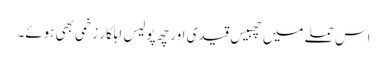
اس حملے میں چھبیس قیدی اور چھ پولیس اہلکار زخمی بھی ہوئے۔